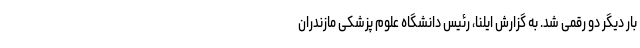
بار دیگر دو رقمی شد. به گزارش ایلنا، رئیس دانشگاه علوم پزشکی مازندران